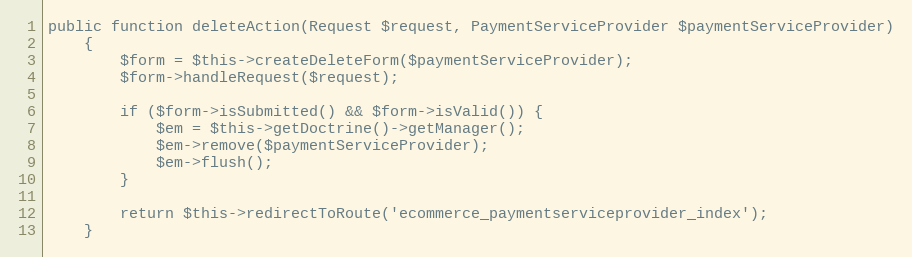
Language: PHP
public function deleteAction(Request $request, PaymentServiceProvider $paymentServiceProvider)
    {
        $form = $this->createDeleteForm($paymentServiceProvider);
        $form->handleRequest($request);

        if ($form->isSubmitted() && $form->isValid()) {
            $em = $this->getDoctrine()->getManager();
            $em->remove($paymentServiceProvider);
            $em->flush();
        }

        return $this->redirectToRoute('ecommerce_paymentserviceprovider_index');
    }